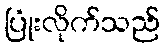
ပြုံးလိုက်သည်